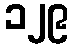
၁၂၉